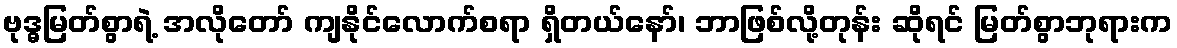
ဗုဒ္ဓမြတ်စွာရဲ့ အလိုတော် ကျနိုင်လောက်စရာ ရှိတယ်နော်၊ ဘာဖြစ်လို့တုန်း ဆိုရင် မြတ်စွာဘုရားက